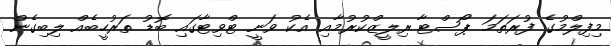
މިފިލްމުގެ ފުރަތަމަ ޕޯސްޓާ ރިލީޒްކުރުމާއި އެކު ވަނީ ޓްވިޓާގައި ބޮޑު ތަރުހީބެއް ލިބިގެން